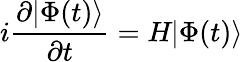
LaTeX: i\frac{\partial|\Phi(t)\rangle}{\partial t}=\textit{H}|\Phi(t)\rangle